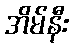
အိမ်နီး